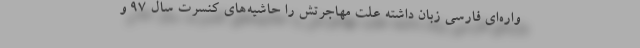
واره‌ای فارسی زبان داشته علت مهاجرتش را حاشیه‌های کنسرت سال ۹۷ و